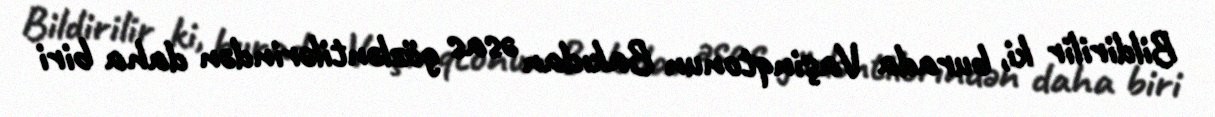
Bildirilir ki, burada Vaşinqtonun Bakıdan əsas gözləntilərindən daha biri